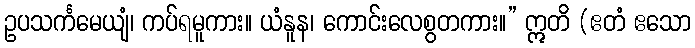
ဥပသင်္ကမေယျံ၊ ကပ်ရမူကား။ ယံနူန၊ ကောင်းလေစွတကား။” ဣတိ (ဧတံ ဧသော